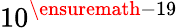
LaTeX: {10}^{\ensuremath{-}19}